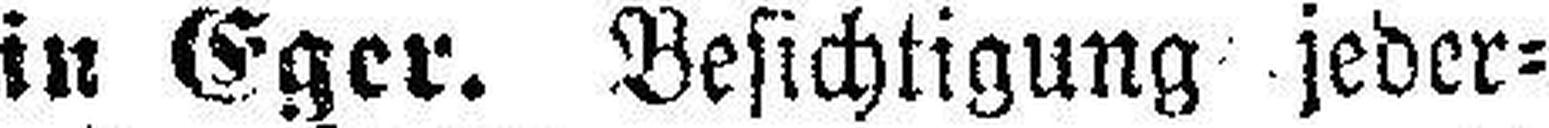
in Eger. Besichtigung jeder¬